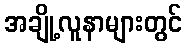
အချို့လူနာများတွင်